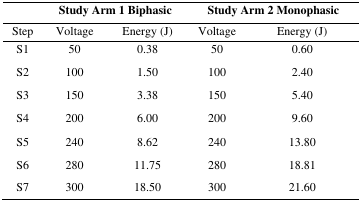
|  | <COLSPAN=2> Study Arm 1 Biphasic | <COLSPAN=2> Study Arm 2 Monophasic |
 | --- | --- | --- | --- | --- |
 | Step | Voltage | Energy (J) | Voltage | Energy (J) |
 | S1 | 50 | 0.38 | 50 | 0.60 |
 | S2 | 100 | 1.50 | 100 | 2.40 |
 | S3 | 150 | 3.38 | 150 | 5.40 |
 | S4 | 200 | 6.00 | 200 | 9.60 |
 | S5 | 240 | 8.62 | 240 | 13.80 |
 | S6 | 280 | 11.75 | 280 | 18.81 |
 | S7 | 300 | 18.50 | 300 | 21.60 |